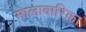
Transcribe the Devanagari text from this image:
मालाबारिका